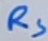
Text: RS